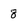
Character: 8